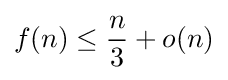
f(n)\leq {\frac {n}{3}}+o(n)